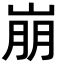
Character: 崩